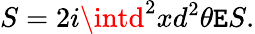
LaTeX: S=2i\intd^{2}xd^{2}\theta\mathtt{E}S.